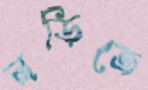
লড়িতে